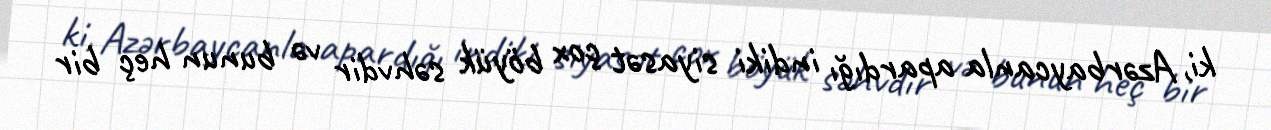
ki, Azərbaycanla apardığı indiki siyasət çox böyük səhvdir və bunun heç bir